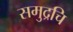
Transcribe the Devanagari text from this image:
समुद्रचि